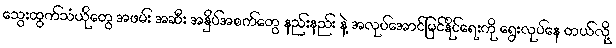
သွေးထွက်သံယိုတွေ အဖမ်း အဆီး အနှိပ်အစက်တွေ နည်းနည်း နဲ့ အလုပ်အောင်မြင်နိုင်ရေးကို ရွေးလုပ်နေ တယ်လို့